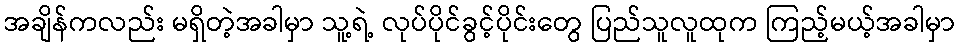
အချိန်ကလည်း မရှိတဲ့အခါမှာ သူ့ရဲ့ လုပ်ပိုင်ခွင့်ပိုင်းတွေ ပြည်သူလူထုက ကြည့်မယ့်အခါမှာ